Civil Veterinary Dept. Bombay admin report 1907-1913 - 1907-1913
Year: 1907
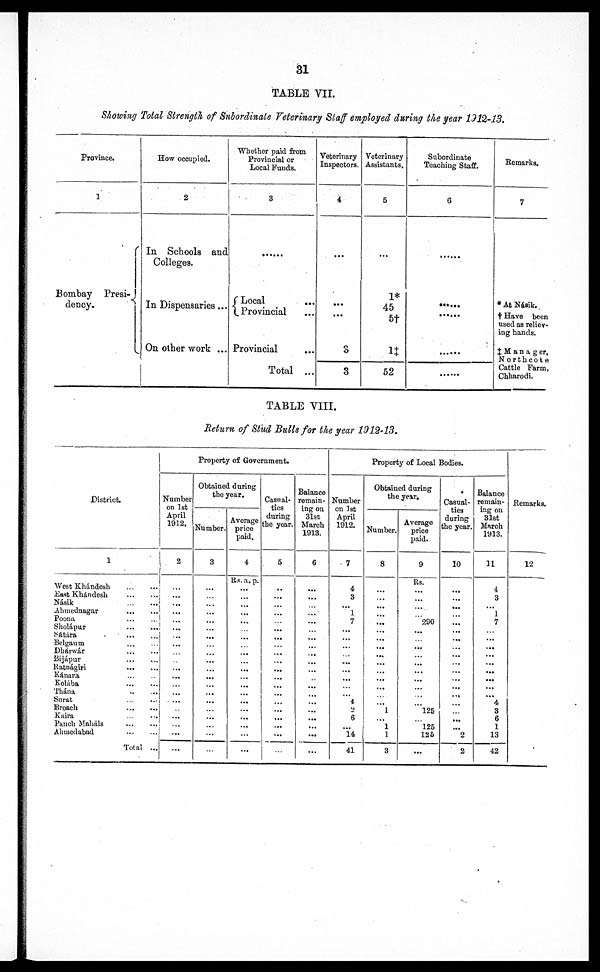
31
TABLE VII.
Showing Total Strength of Subordinate Veterinary Staff employed during the year 1912-13.
Province.
1
Bombay Presi-
dency.
How occupied.
2
In Schools and
Colleges.
......
...
In Dispensaries ...
On other work ...
|
Whether paid from
Provincial or
Local Funds.
3
Local ...
Provincial ...
Provincial ...
3
1‡
Total ...
Veterinary
Inspectors.
4
...
...
3
Voterinary
Assistants.
5
...
1*
45
5†
52
Subordinate
Teaching Staff.
6
......
......
......
......
......
......
Remarks.
7
* At Násik.
† Have been
used as reliev-
ing hands.
‡Manager,
Northcote
Cattle Farm,
Chharodi.
TABLE VIII.
Return of Stud Bulls for the year 1912-13.
District.
1
West Khándesh
...
...
East Khándesh
...
...
Násik
...
...
Ahmednagar
...
...
Poona
...
...
Sholápur
...
...
Sátára
...
...
Belgaum
...
...
Dhárwár
...
...
Bijápur
...
...
Ratnágiri
...
...
Kánara
...
...
Kolába
...
...
Thána
...
...
Surat
...
...
Broach
...
...
Kaira
...
...
Panch Maháls
...
...
Ahmedabad
...
...
Total ...
Property of Government.
Number
on 1st
April
1912.
2
...
...
...
...
...
...
...
...
...
...
...
...
...
...
...
...
...
...
...
...
Obtained daring
the year.
Number.
3
...
...
...
...
...
...
...
...
...
...
...
...
...
...
...
...
...
...
...
...
Average
price
paid.
4
Rs. a. p.
...
...
...
...
...
...
...
...
...
...
...
...
...
...
...
...
...
...
...
...
Casual-
tics
during
the year.
5
..
...
...
...
...
...
...
...
...
...
...
...
...
...
...
...
...
...
...
...
Balance
remain-
ing on
31st
March
1913.
6
...
...
...
...
...
...
...
...
...
...
...
...
...
...
...
...
...
...
...
...
Property of Local Bodies.
Number
on 1st
April
1912.
7
4
3
...
1
7
...
...
...
...
...
...
...
...
...
4
2
6
...
14
41
Obtained during
the year.
Number.
8
...
...
...
...
...
...
...
...
...
...
...
...
...
...
...
1
...
1
1
3
Average
price
paid.
9
Rs.
...
...
...
...
290
...
...
...
...
...
...
...
...
...
...
125
...
125
126
...
Casual-
ties
during
the year.
10
...
...
...
...
...
...
...
...
...
...
...
...
...
...
...
...
...
...
2
2
Balance
remain-
ing on
31st
March
1913.
11
4
3
...
1
7
...
...
...
...
...
...
...
...
...
4
3
6
1
13
42
Remarks.
12